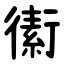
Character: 䘘